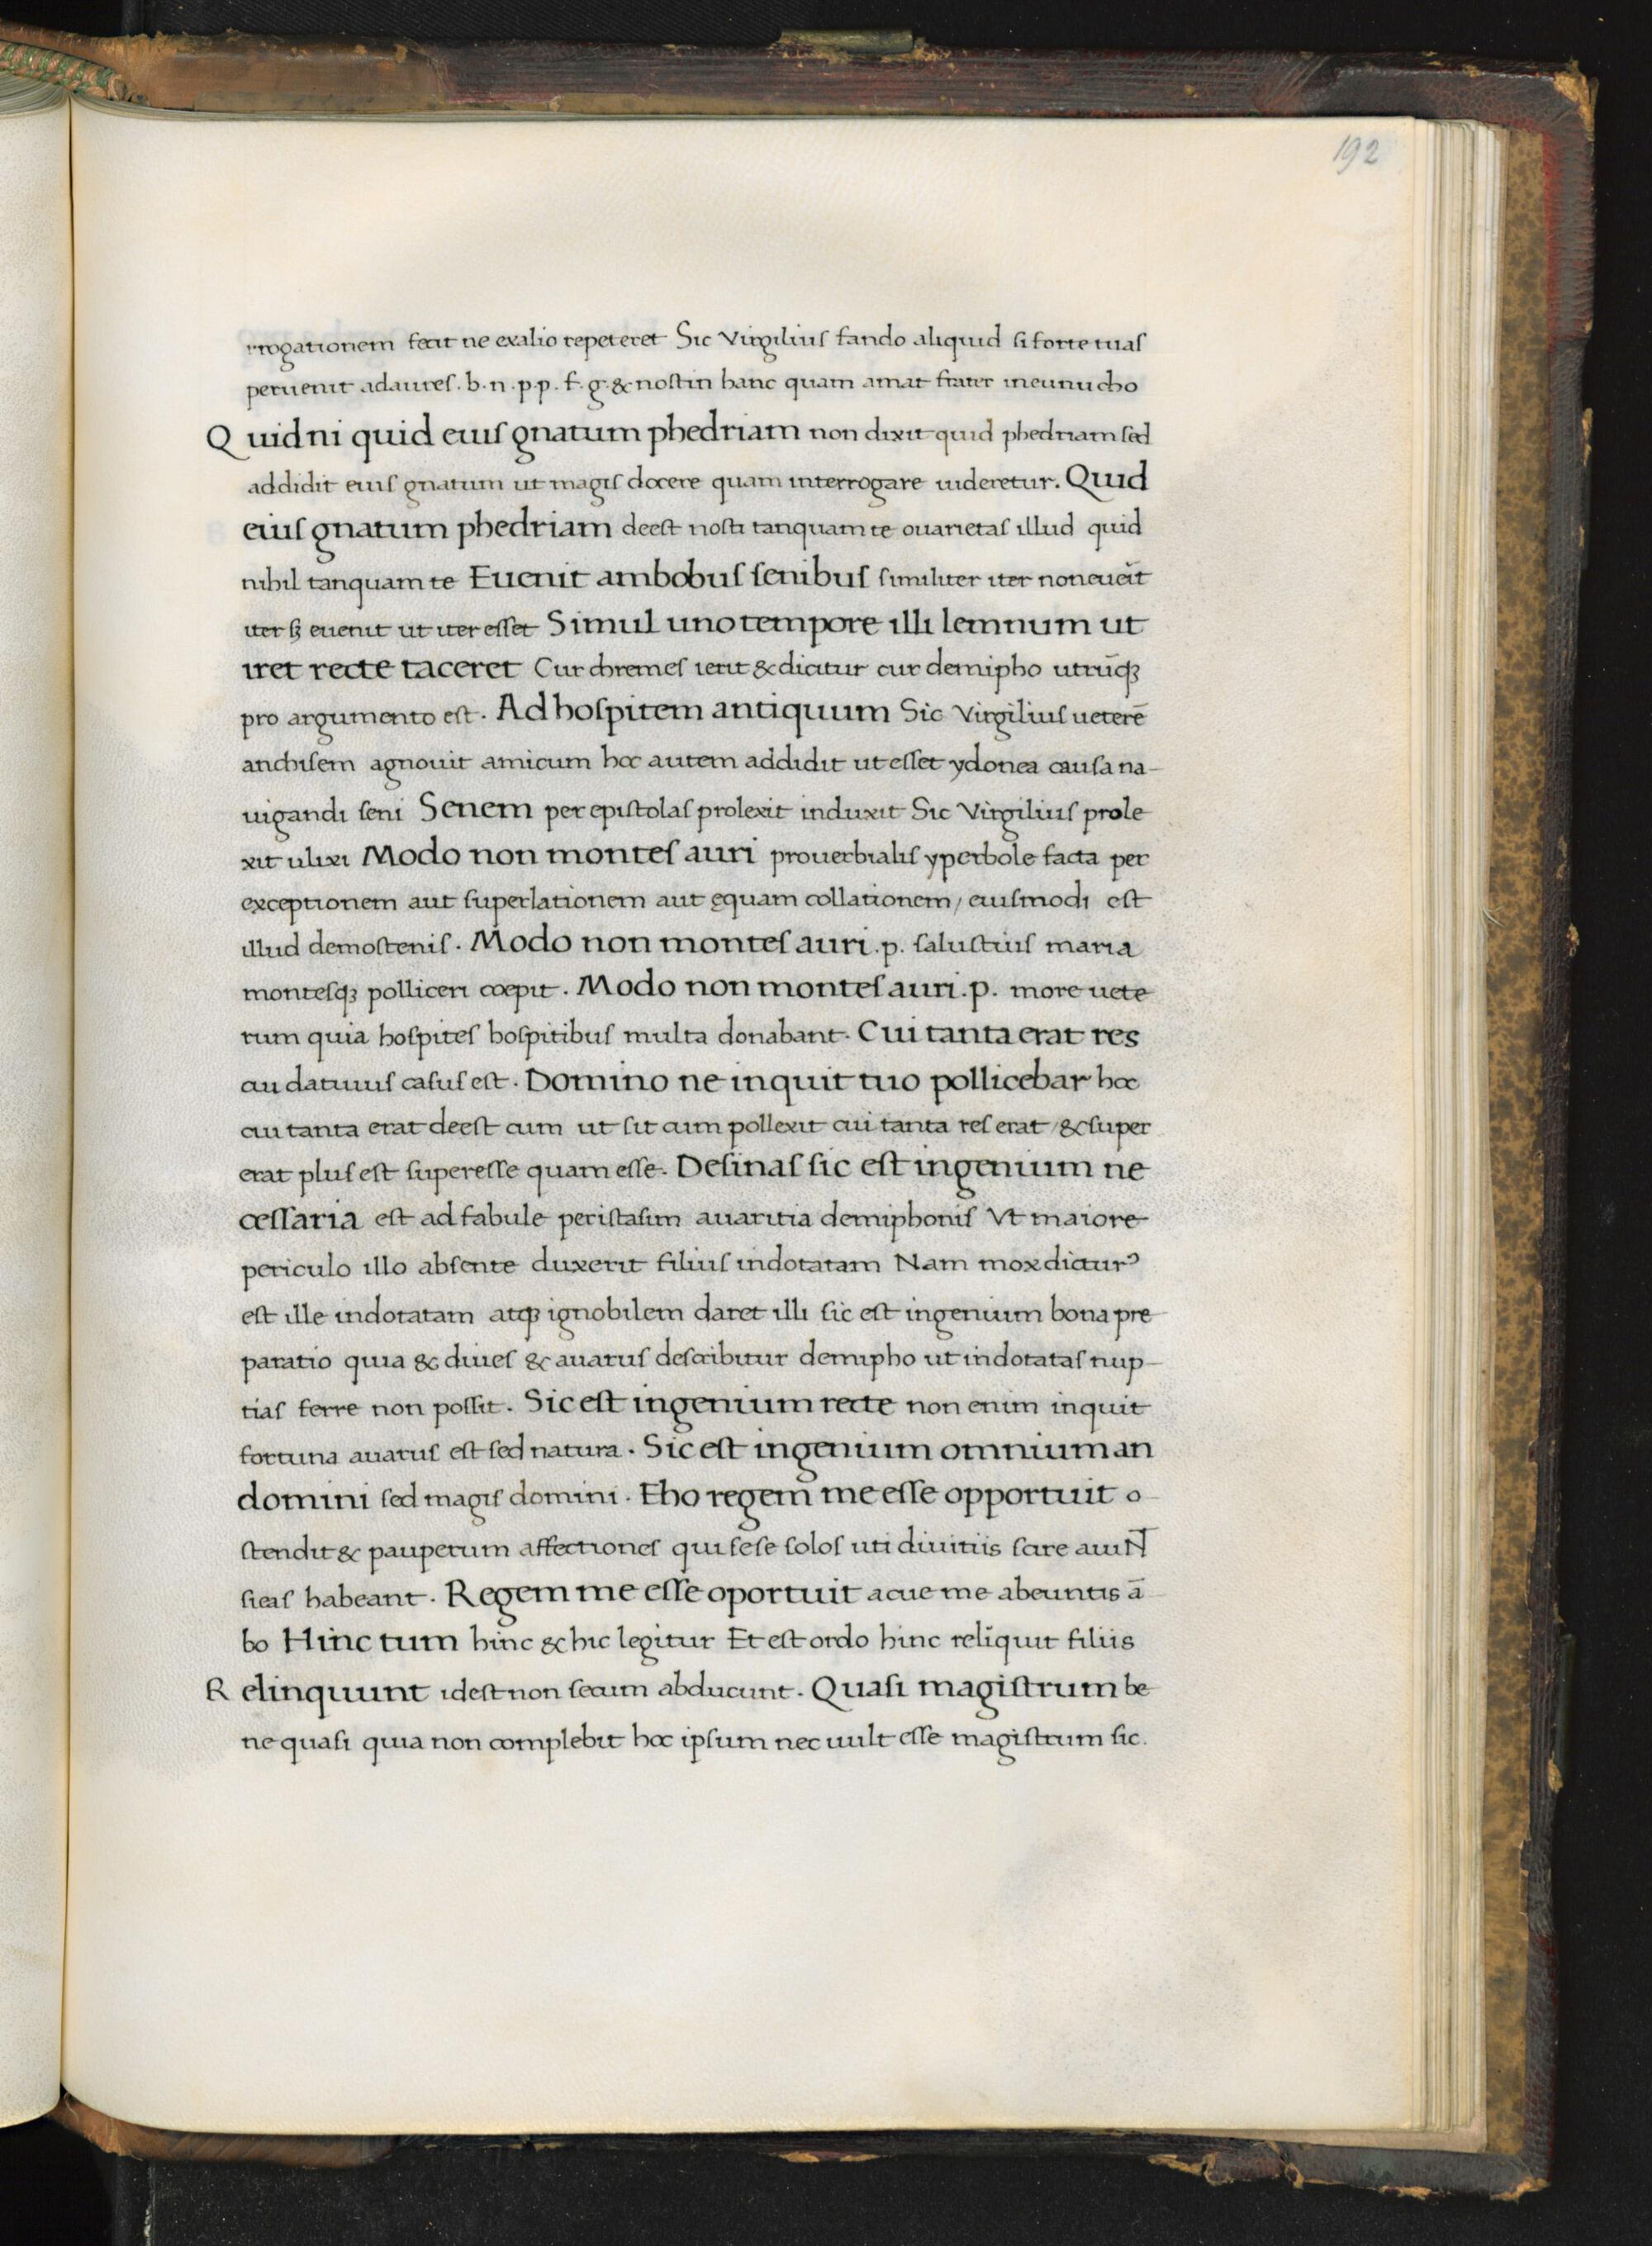
Shelfmark: Florence, Biblioteca Medicea Laurenziana, Laur. Plut. 53.09
Century: 15